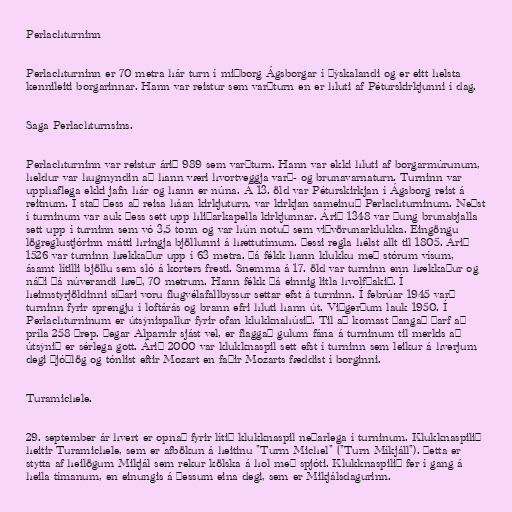
Perlachturninn

Perlachturninn er 70 metra hár turn í miðborg Ágsborgar í Þýskalandi og er eitt helsta
kennileiti borgarinnar. Hann var reistur sem varðturn en er hluti af Péturskirkjunni í dag.

Saga Perlachturnsins.

Perlachturninn var reistur árið 989 sem varðturn. Hann var ekki hluti af borgarmúrunum,
heldur var hugmyndin að hann væri hvortveggja varð- og brunavarnaturn. Turninn var
upphaflega ekki jafn hár og hann er núna. Á 13. öld var Péturskirkjan í Ágsborg reist á
reitnum. Í stað þess að reisa háan kirkjuturn, var kirkjan sameinuð Perlachturninum. Neðst
í turninum var auk þess sett upp hliðarkapella kirkjunnar. Árið 1348 var þung brunabjalla
sett upp í turninn sem vó 3,5 tonn og var hún notuð sem viðvörunarklukka. Eingöngu
lögreglustjórinn mátti hringja bjöllunni á hættutímum. Þessi regla hélst allt til 1805. Árið
1526 var turninn hækkaður upp í 63 metra. Þá fékk hann klukku með stórum vísum,
ásamt lítilli bjöllu sem sló á korters fresti. Snemma á 17. öld var turninn enn hækkaður og
náði þá núverandi hæð, 70 metrum. Hann fékk þá einnig litla hvolfþakið. Í
heimstyrjöldinni síðari voru flugvélafallbyssur settar efst á turninn. Í febrúar 1945 varð
turninn fyrir sprengju í loftárás og brann efri hluti hann út. Viðgerðum lauk 1950. Í
Perlachturninum er útsýnispallur fyrir ofan klukknahúsið. Til að komast þangað þarf að
príla 258 þrep. Þegar Alparnir sjást vel, er flaggað gulum fána á turninum til merkis að
útsýnið er sérlega gott. Árið 2000 var klukknaspil sett efst í turninn sem leikur á hverjum
degi þjóðlög og tónlist eftir Mozart en faðir Mozarts fæddist í borginni.

Turamichele.

29. september ár hvert er opnað fyrir lítið klukknaspil neðarlega í turninum. Klukknaspilið
heitir Turamichele, sem er afbökun á heitinu "Turm Michel" ("Turn Míkjáll"). Þetta er
stytta af heilögum Mikjál sem rekur kölska á hol með spjóti. Klukknaspilið fer í gang á
heila tímanum, en einungis á þessum eina degi, sem er Mikjálsdagurinn.